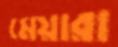
মেয়ারা